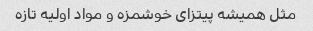
مثل همیشه پیتزای خوشمزه و مواد اولیه تازه